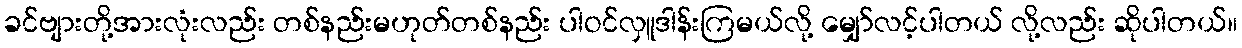
ခင်ဗျားတို့အားလုံးလည်း တစ်နည်းမဟုတ်တစ်နည်း ပါဝင်လှူဒါန်းကြမယ်လို့ မျှော်လင့်ပါတယ် လို့လည်း ဆိုပါတယ်။